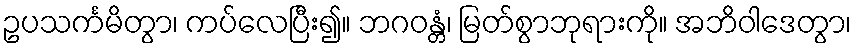
ဥပသင်္ကမိတွာ၊ ကပ်လေပြီး၍။ ဘဂဝန္တံ၊ မြတ်စွာဘုရားကို။ အဘိဝါဒေတွာ၊